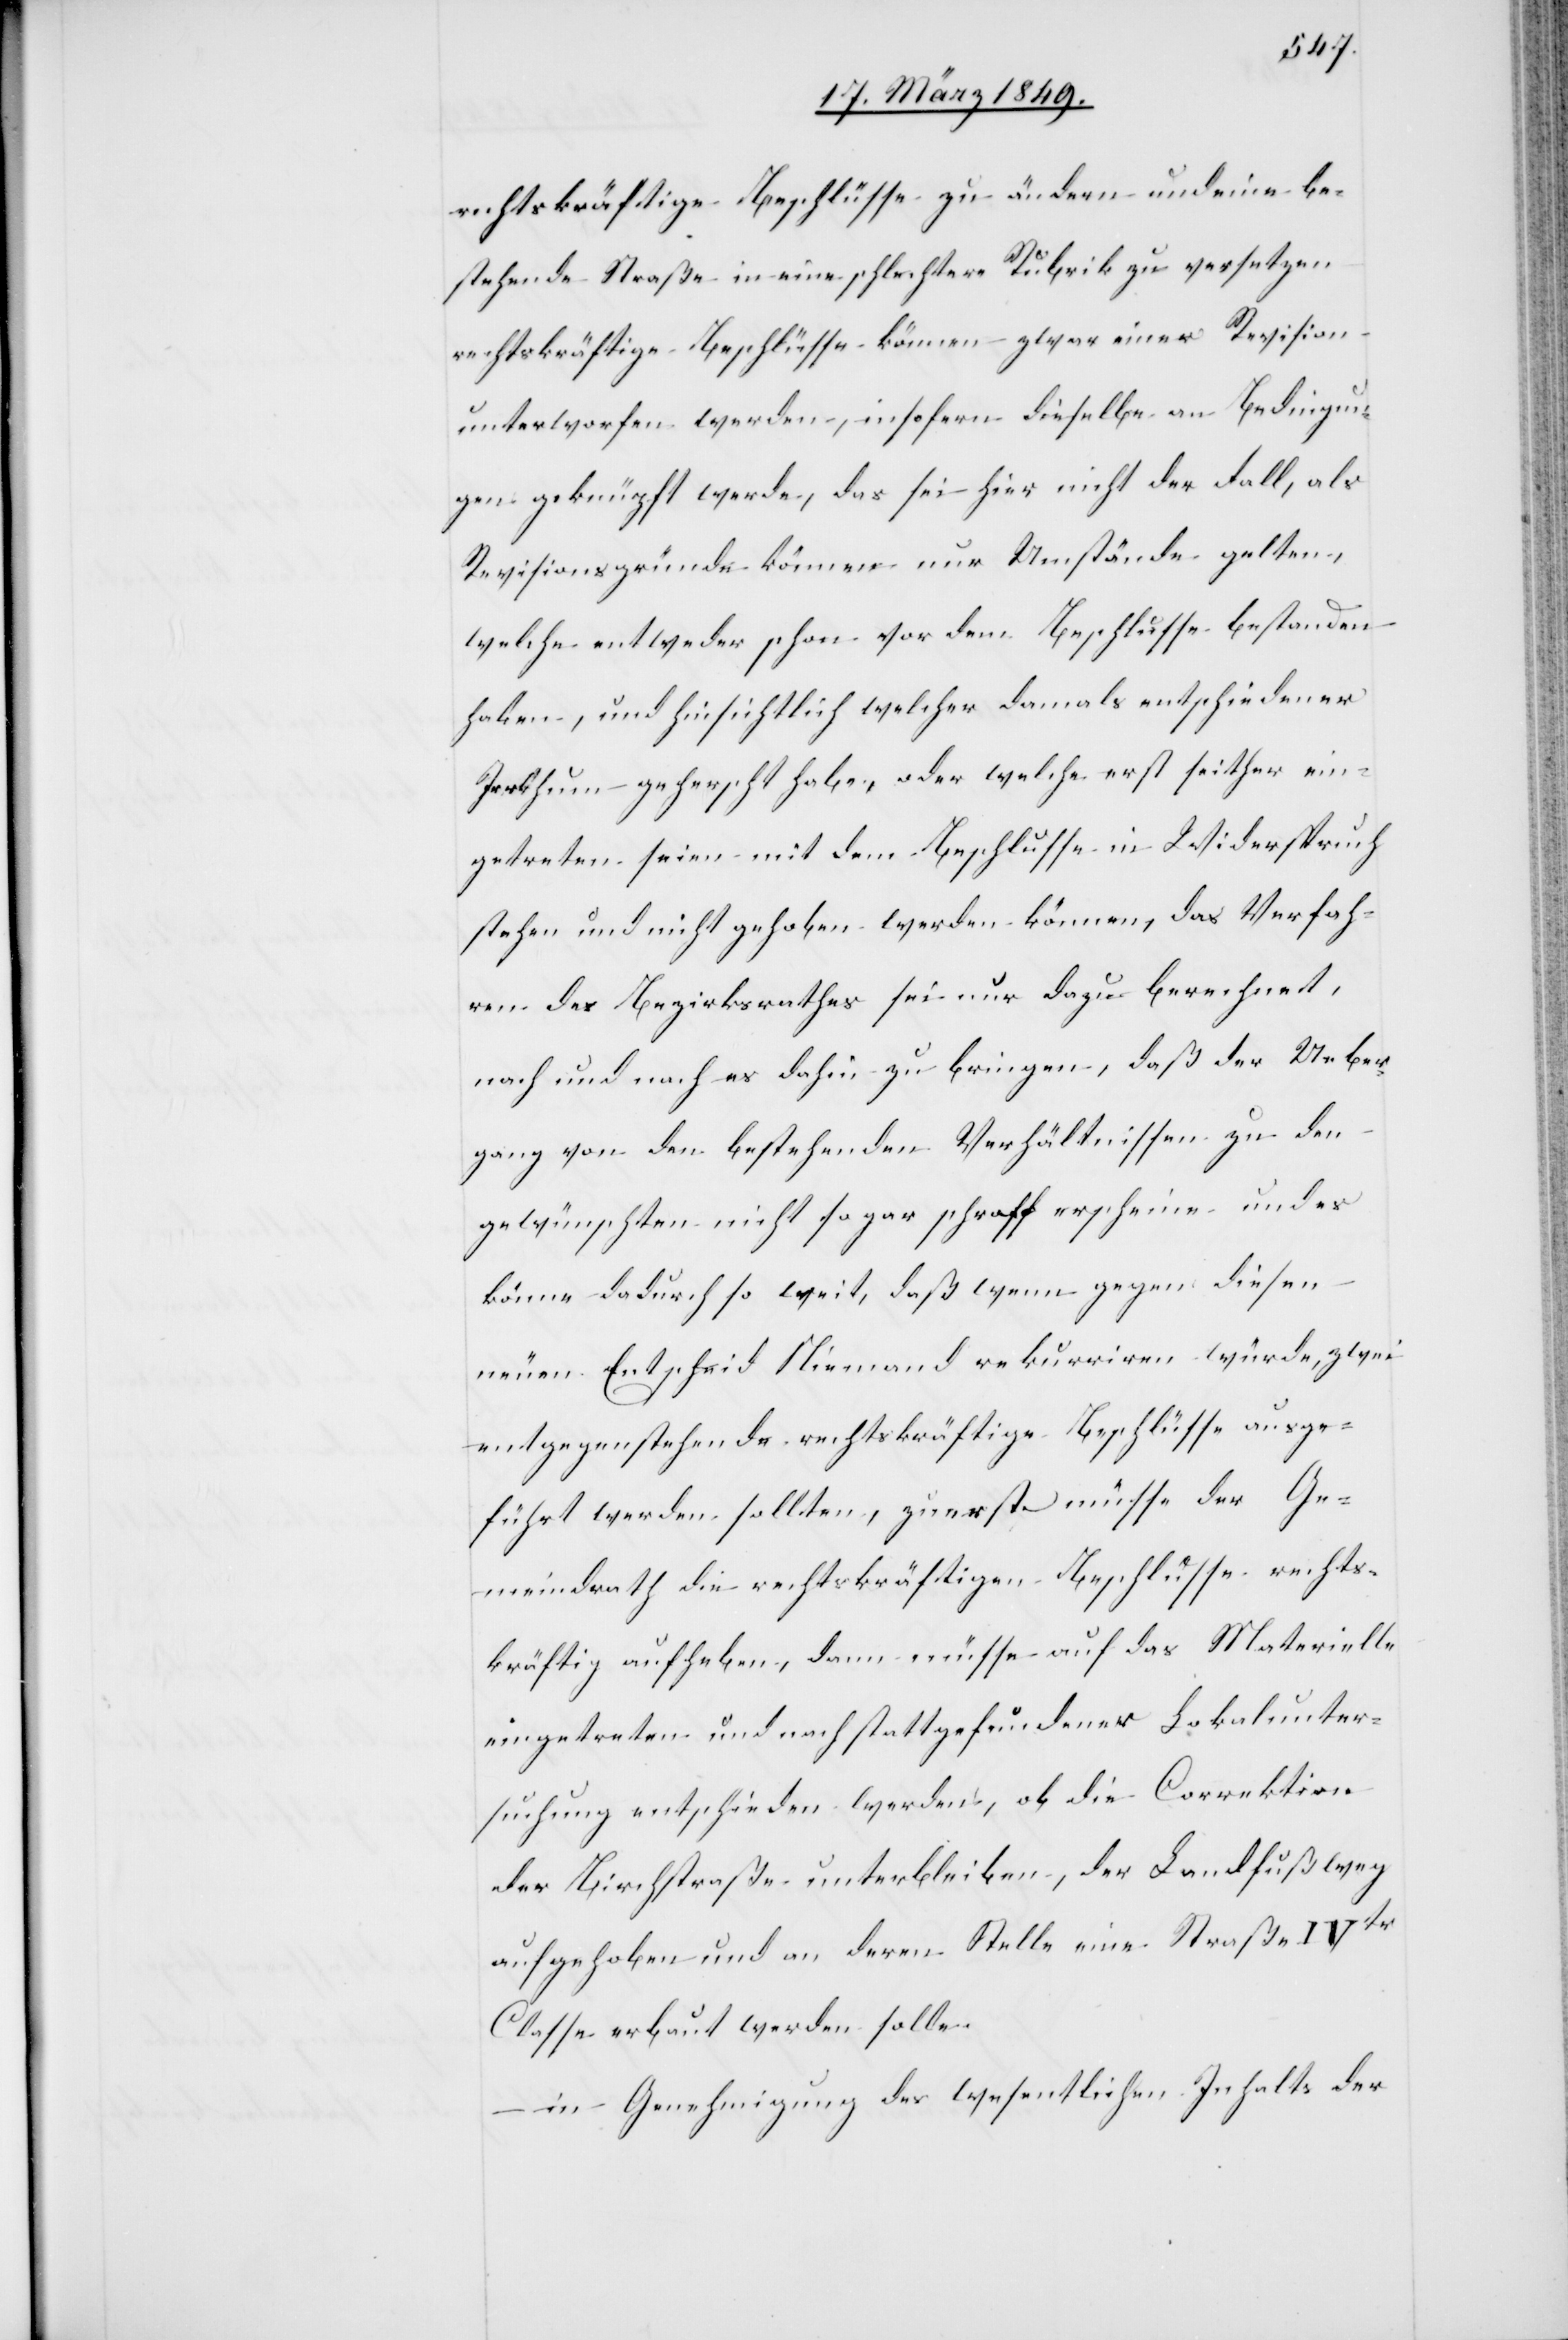
rechtskräftige Beschlüsse zu ändern und eine be¬
stehende Straße in eine schlechtere Rubrik zu versetzen
rechtskräftige Beschlüsse können zwar einer Revision
unterworfen werden, insofern dieselbe an Bedingun¬
gen geknüpft werde, das sei hier nicht der Fall, als
Revisionsgründe können nur Umstände gelten,
welche entweder schon vor dem Beschlusse bestanden
haben, und hinsichtlich welcher damals entschiedener
Irrthum geherscht habe, oder welche erst seither ein¬
getreten seien mit dem Beschlusse in Widerspruch
stehen und nicht gehoben werden können, das Verfah¬
ren des Bezirksrathes sei nur dazu berechnet,
nach und nach es dahin zu bringen, daß der Ueber¬
gang von den bestehenden Verhältnissen zu den
gewünschten nicht so gar schroff erscheine und es
[sic!] dadurch so weit, daß wenn gegen diesen
neuen Entscheid Niemand rekurriren würde, zwei
entgegenstehende rechtskräftige Beschlüsse ausge¬
führt werden sollten, zuerst müsse der Ge¬
meindrath die rechtskräftigen Beschlüsse rechts¬
kräftig aufheben, dann müsse auf das Materielle
eingetreten und nach stattgefundener Lokalunter¬
suchung entschieden werden, ob die Correktion
der Birchstraße unterbleiben, der Landfußweg
aufgehoben und an deren Stelle eine Straße IVter
Classe erbaut werden solle.
in Genehmigung des wesentlichen Inhalts der